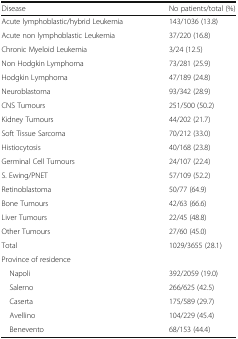
<table><thead><tr><td><b>Disease</b></td><td><b>No patients/total (%)</b></td></tr></thead><tbody><tr><td>Acute lymphoblastic/hybrid Leukemia</td><td>143/1036 (13.8)</td></tr><tr><td>Acute non lymphoblastic Leukemia</td><td>37/220 (16.8)</td></tr><tr><td>Chronic Myeloid Leukemia</td><td>3/24 (12.5)</td></tr><tr><td>Non Hodgkin Lymphoma</td><td>73/281 (25.9)</td></tr><tr><td>Hodgkin Lymphoma</td><td>47/189 (24.8)</td></tr><tr><td>Neuroblastoma</td><td>93/342 (28.9)</td></tr><tr><td>CNS Tumours</td><td>251/500 (50.2)</td></tr><tr><td>Kidney Tumours</td><td>44/202 (21.7)</td></tr><tr><td>Soft Tissue Sarcoma</td><td>70/212 (33.0)</td></tr><tr><td>Histiocytosis</td><td>40/168 (23.8)</td></tr><tr><td>Germinal Cell Tumours</td><td>24/107 (22.4)</td></tr><tr><td>S. Ewing/PNET</td><td>57/109 (52.2)</td></tr><tr><td>Retinoblastoma</td><td>50/77 (64.9)</td></tr><tr><td>Bone Tumours</td><td>42/63 (66.6)</td></tr><tr><td>Liver Tumours</td><td>22/45 (48.8)</td></tr><tr><td>Other Tumours</td><td>27/60 (45.0)</td></tr><tr><td>Total</td><td>1029/3655 (28.1)</td></tr><tr><td colspan="2">Province of residence</td></tr><tr><td> Napoli</td><td>392/2059 (19.0)</td></tr><tr><td> Salerno</td><td>266/625 (42.5)</td></tr><tr><td> Caserta</td><td>175/589 (29.7)</td></tr><tr><td> Avellino</td><td>104/229 (45.4)</td></tr><tr><td> Benevento</td><td>68/153 (44.4)</td></tr></tbody></table>